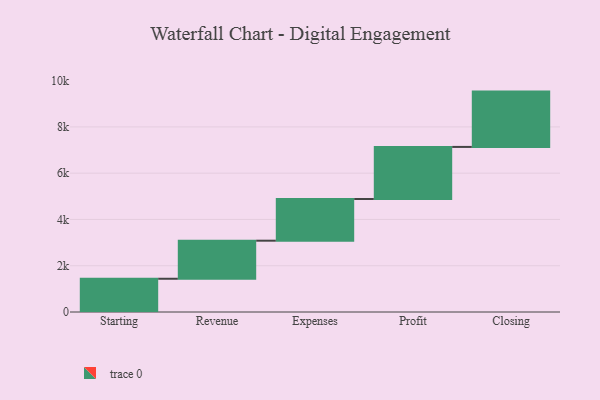
{"axis": {"x": "Step", "y": "Value"}, "legend": [""], "data": [{"x": "Starting", "y": 1437.0, "type": ""}, {"x": "Revenue", "y": 1645.0, "type": ""}, {"x": "Expenses", "y": 1803.0, "type": ""}, {"x": "Profit", "y": 2250.0, "type": ""}, {"x": "Closing", "y": 2391.0, "type": ""}]}